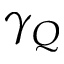
\gamma _ { Q }